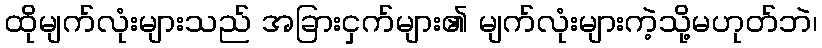
ထိုမျက်လုံးများသည် အခြားငှက်များ၏ မျက်လုံးများကဲ့သို့မဟုတ်ဘဲ၊